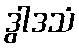
ဒွါဒသံ